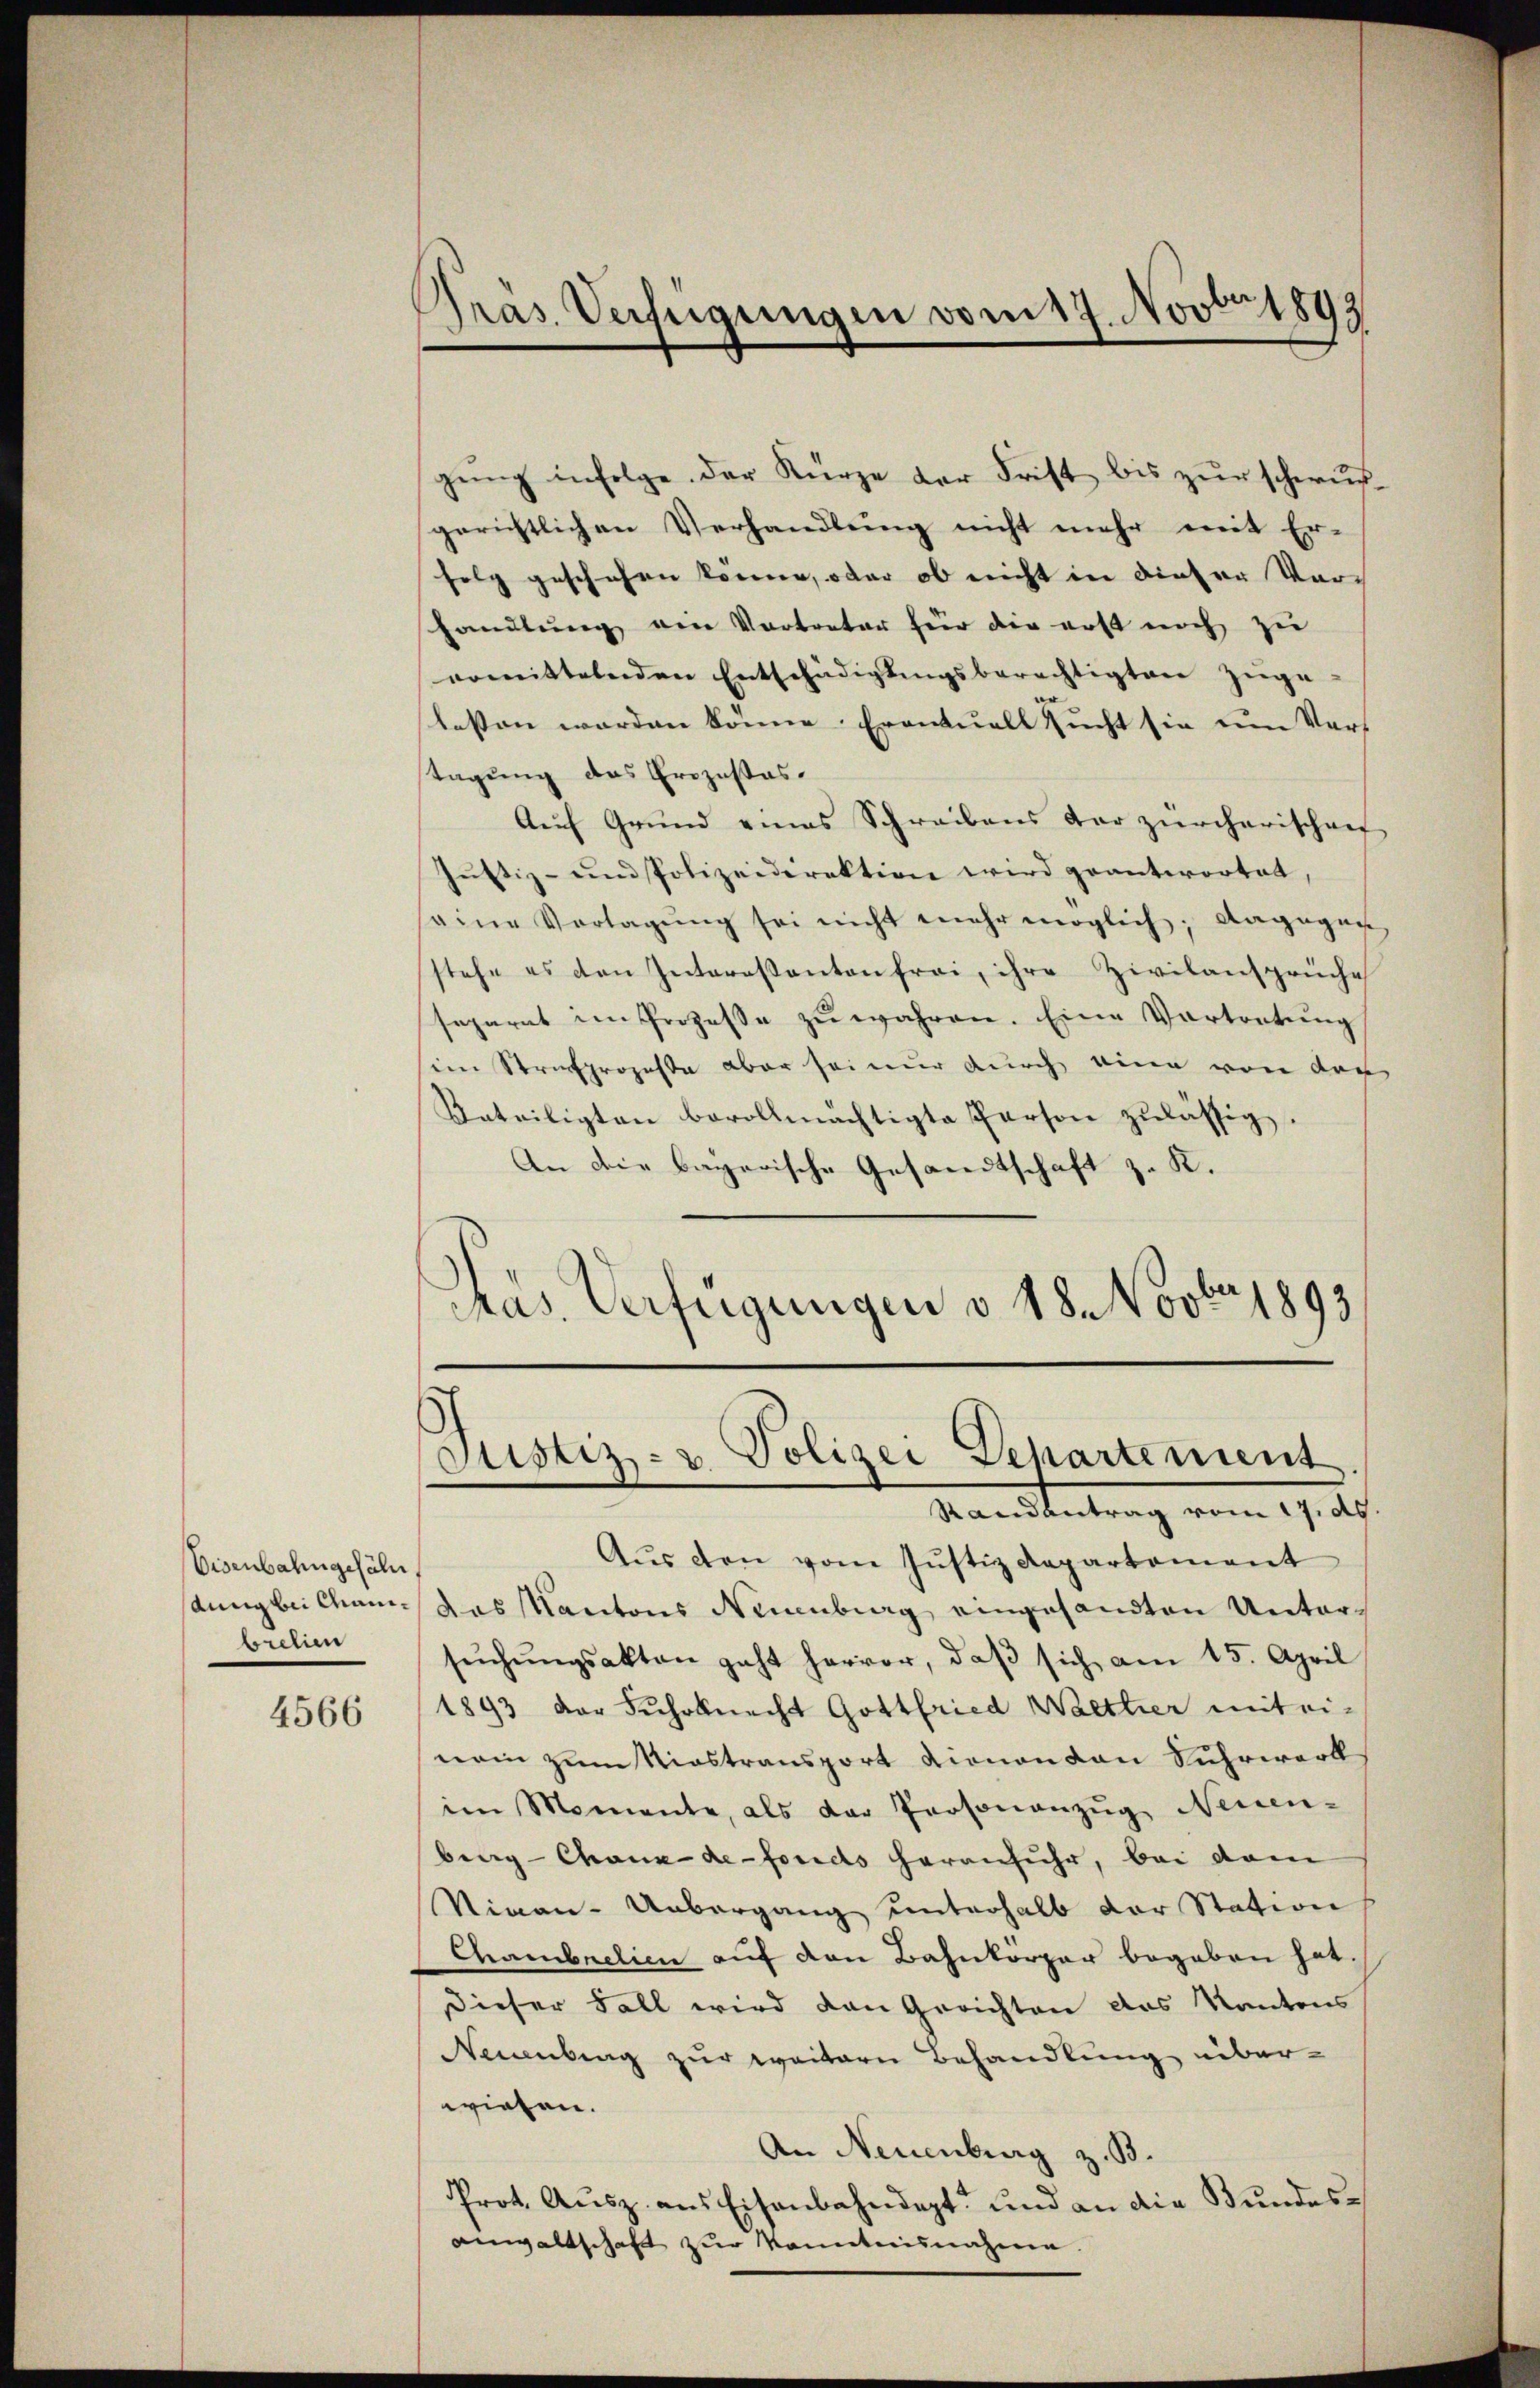
Eisenbahngefäl
aung bei Canbretien

4566

Gras Verfügungen vom 17. Novbr. 1893

gŭng infolge. Der Kürze der Frist bis zur schwurgerichtlichen Verhandlung nicht mehr mit Er-
folg geschehen könne, oder ob nicht in dieser Vorhandlung am Vortreter für die erst noch zu
ermittelnden Entschädigŭngsberechtigter Züge
lossen worden könne. Eventuell sucht sie um Vors
stagung des Prozestas.
Auf Grund eines Schreibens der zürcherischen
Jŭstiz- und Polizeidirektion wird geantwortet,
seine Vorlagŭng sei nicht mehr möglich; dagegen
stehe es den Intereßanten frei, ihre Zivilansprüche
separat im Prozesse zŭ währen. Eine Vortretung
sein Strafprozessa aber sei nur durch eine von der
Beteiligten bevollmächtigte Person zulässig.
An die bayerische Gesandtschaft z. K.
Pas. Verfügungen v. 18. Novbr 1893.

Justiz- u. Polizei Departement
Randantrag vom 17. ds

Aŭs den vom Justiz Repartement
das Kantons Neuenburg eingesandten Untersŭchŭngsakten geht hervor, daβ sich am 15. April
1893 der Fuhrknecht Gottfried Walttier mit ei-
nei zum Niestransport dienen von Suhrwerk
im Momente, als der Personanzŭg Neuen-
berg-Chaux-de-Fonds heranfuhr, bei vom
Ninan-Uebergang unterhalb der Station
Chambeclien auf den Bahnkörper begeben hat.
Dieser Fall wird den Gerichten das Kantons
Neuenburg zur weitern Behandlung überwiesen.
An Neuenburg z. B.
Prot. Ausz. aus Eisenbahndept" und an die Bundesanwaltschaft zur Kenntnisnahme.